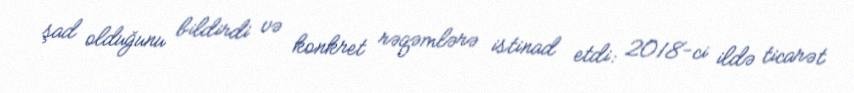
şad olduğunu bildirdi və konkret rəqəmlərə istinad etdi: 2018-ci ildə ticarət